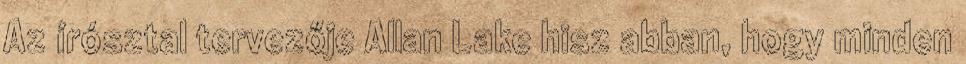
Az írósztal tervezője Allan Lake hisz abban, hogy minden